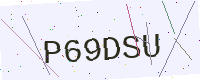
Text: P69DSU